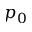
p _ { 0 }